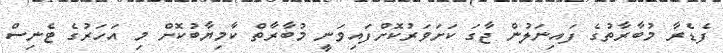
ފެޑެރާ މުބާރާތުގެ ފައިނަލުން ޖާގަ ކަށަވަރުކޮށްފައިވަނީ މުބާރާތް ކާމިޔާބުކޮށް މި އަހަރުގެ ޓެނިސް